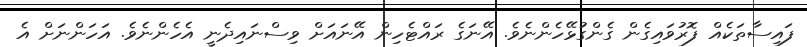
ފައިސާތަކެއް ފޮރުވައިގެން ގެންގުޅޭހެންނެވެ. އޭނަގެ ރައްޓެހިން އޭނައަށް ވިސްނައިދެނީ އެހެންނެވެ. އަހަންނަށް އެ